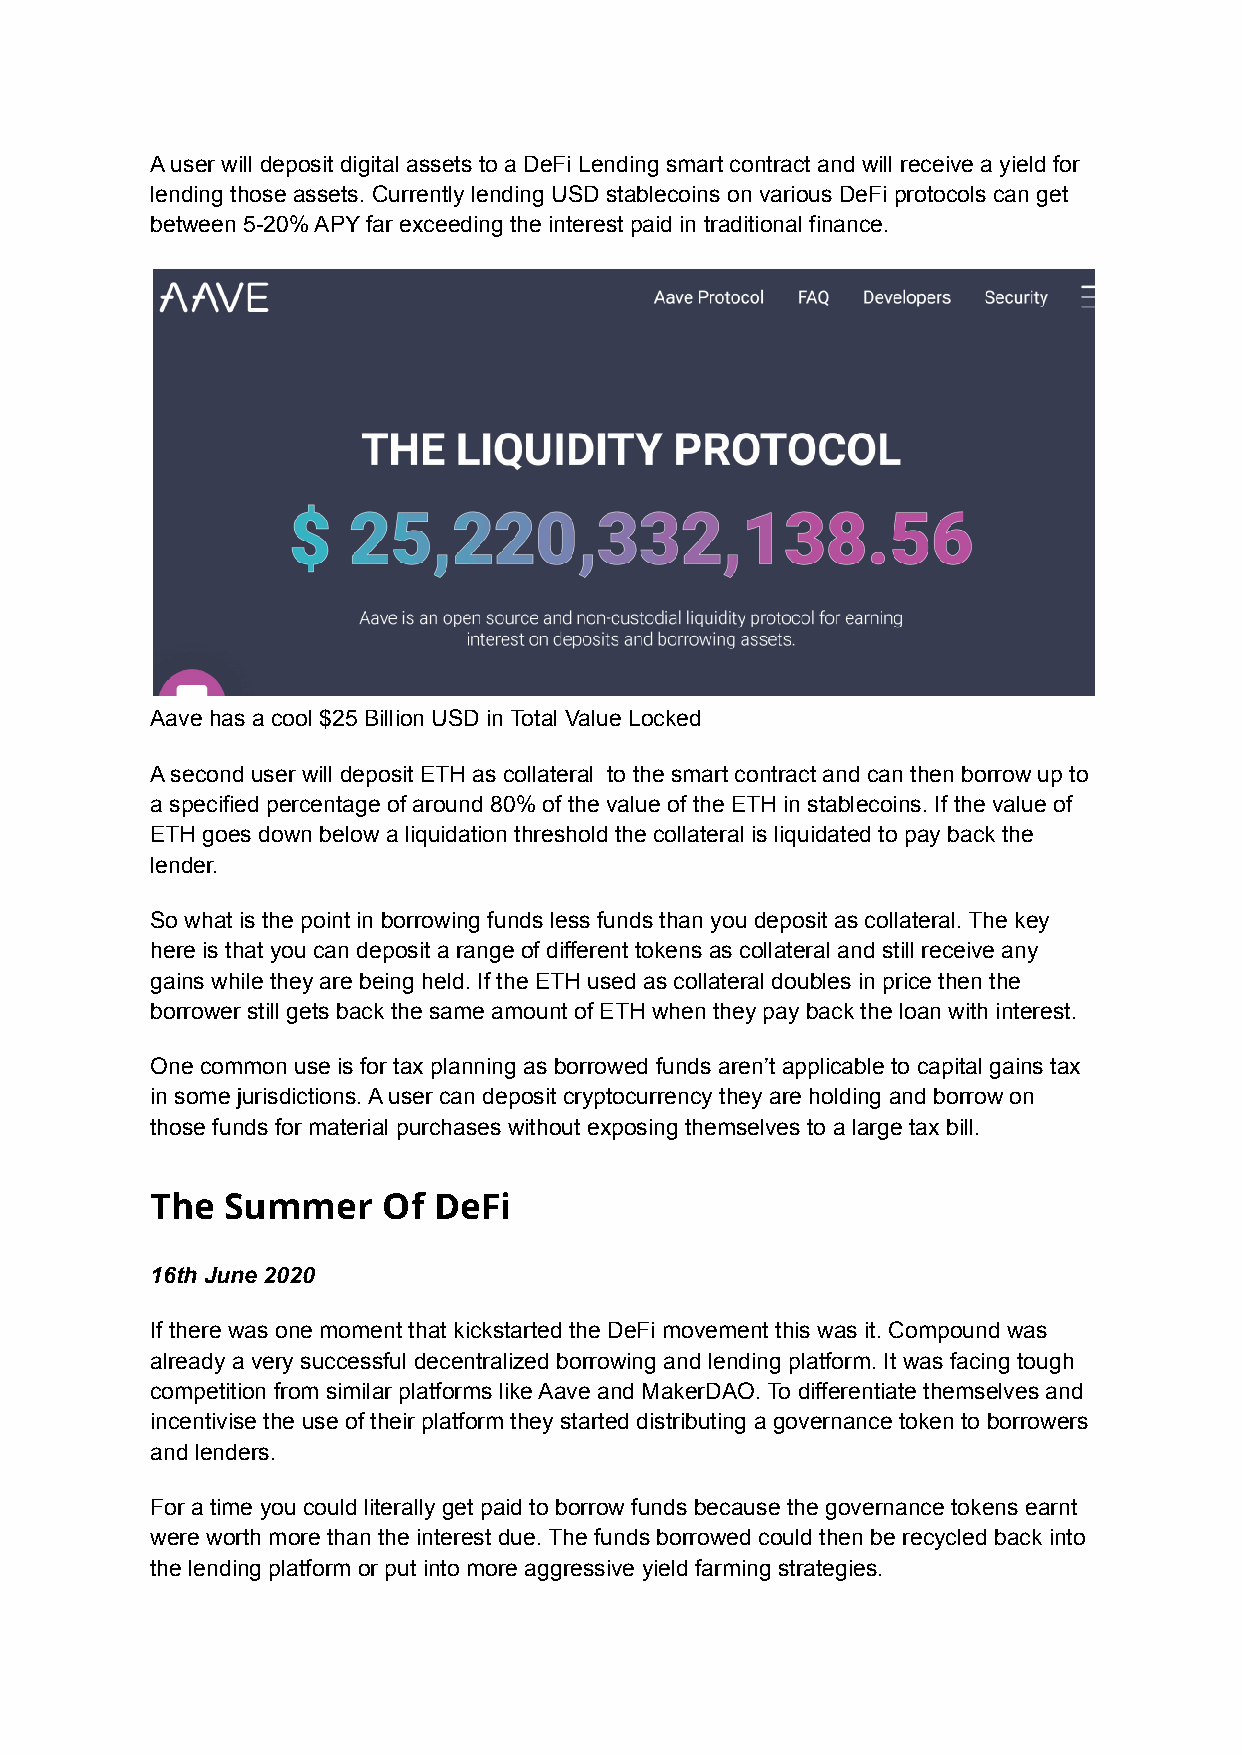
A user will deposit digital assets to a DeFi Lending smart contract and will receive a yield for
 lending those assets. Currently lending USD stablecoins on various DeFi protocols can get
 between 5-20% APY far exceeding the interest paid in traditional finance.
 Aave has a cool $25 Billion USD in Total Value Locked
 A second user will deposit ETH as collateral to the smart contract and can then borrow up to
 a specified percentage of around 80% of the value of the ETH in stablecoins. If the value of
 ETH goes down below a liquidation threshold the collateral is liquidated to pay back the
 lender.
 So what is the point in borrowing funds less funds than you deposit as collateral. The key
 here is that you can deposit a range of different tokens as collateral and still receive any
 gains while they are being held. If the ETH used as collateral doubles in price then the
 borrower still gets back the same amount of ETH when they pay back the loan with interest.
 One common use is for tax planning as borrowed funds aren’t applicable to capital gains tax
 in some jurisdictions. A user can deposit cryptocurrency they are holding and borrow on
 those funds for material purchases without exposing themselves to a large tax bill.
 The  Summer    Of  DeFi
 16th June 2020
 If there was one moment that kickstarted the DeFi movement this was it. Compound was
 already a very successful decentralized borrowing and lending platform. It was facing tough
 competition from similar platforms like Aave and MakerDAO. To differentiate themselves and
 incentivise the use of their platform they started distributing a governance token to borrowers
 and lenders.
 For a time you could literally get paid to borrow funds because the governance tokens earnt
 were worth more than the interest due. The funds borrowed could then be recycled back into
 the lending platform or put into more aggressive yield farming strategies.